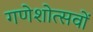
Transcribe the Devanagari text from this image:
गणेशोत्सवों